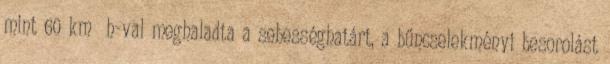
mint 60 km h-val meghaladta a sebességhatárt, a bűncselekményi besorolást